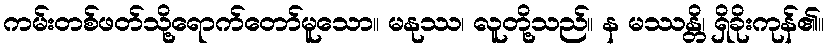
ကမ်းတစ်ဖတ်သို့ရောက်တော်မူသော။ မနုဿ၊ လူတို့သည်။ န မဿန္တိ၊ ရှိခိုးကုန်၏။